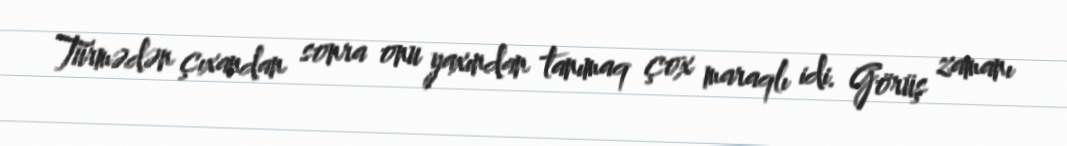
Türmədən çıxandan sonra onu yaxından tanımaq çox maraqlı idi. Görüş zamanı